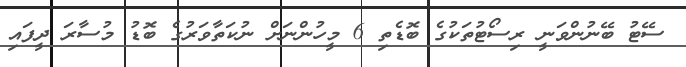
ސޭޓު ބޭނުންވަނީ ރިސޯޓުތަކުގެ ބޮޑެތި 6 މީހުންނަށް ނުކަތާވަރުގެ ބޮޑު މުސާރަ ދީފައި